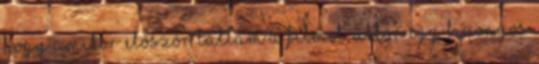
hogy amikor először láttam a filmet, akkor egy bizonyos